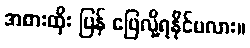
အစားထိုး ပြန် ဖြေလို့ရနိုင်မလား။